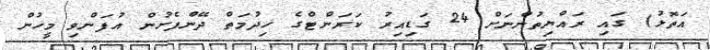
އަތޮޅު) ގައި ރައްޔިތުންނަށް 24 ގަޑިއިރު ކަރަންޓްގެ ޚިދުމަތް ދޭންފެށުން އުފަންވި މީހުން